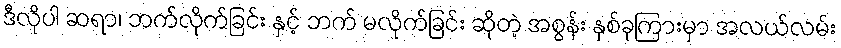
ဒီလိုပါ ဆရာ၊ ဘက်လိုက်ခြင်း နှင့် ဘက် မလိုက်ခြင်း ဆိုတဲ့ အစွန်း နှစ်ခုကြားမှာ အလယ်လမ်း